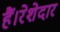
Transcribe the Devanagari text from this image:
हैं।रेशेदार